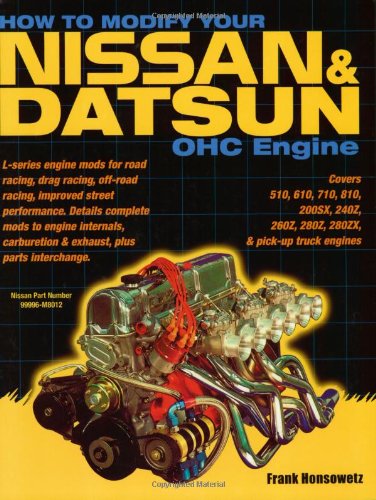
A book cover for How to Modify Your Nissan and Datsun OHC Engine: Covers 510, 610, 710, 810, 200SX, 240Z, 260Z, 280Z, 280ZX, and pick-up truck engines; Frank Honsowetz; Engineering & Transportation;